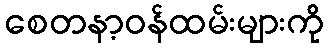
စေတနာ့ဝန်ထမ်းများကို